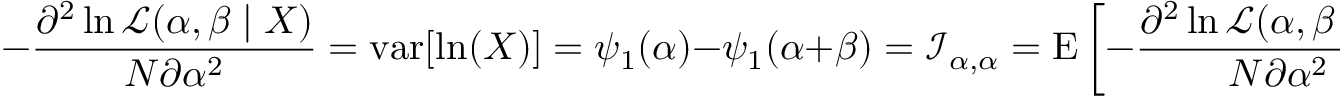
- { \frac { \partial ^ { 2 } \ln { \mathcal { L } } ( \alpha , \beta \mid X ) } { N \partial \alpha ^ { 2 } } } = \operatorname { v a r } [ \ln ( X ) ] = \psi _ { 1 } ( \alpha ) - \psi _ { 1 } ( \alpha + \beta ) = { \mathcal { I } } _ { \alpha , \alpha } = \operatorname { E } \left[ - { \frac { \partial ^ { 2 } \ln { \mathcal { L } } ( \alpha , \beta \mid X ) } { N \partial \alpha ^ { 2 } } } \right] = \ln \operatorname { v a r } _ { G X }